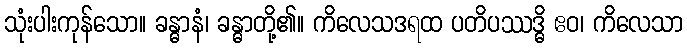
သုံးပါးကုန်သော။ ခန္ဓာနံ၊ ခန္ဓာတို့၏။ ကိလေသဒရထ ပတိပဿဒ္ဓိ ဧဝ၊ ကိလေသာ